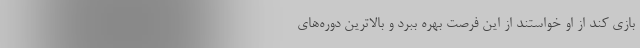
بازی کند از او خواستند از این فرصت بهره ببرد و بالاترین دوره‌های